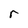
Character: r